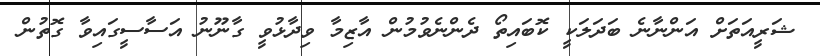
ޝަރީއަތަށް އަންނާނެ ބަދަލަކީ ކޮބައިތޯ ދެންނެވުމުން އާޒިމާ ވިދާޅުވީ ގާނޫނު އަސާސީގައިވާ ގޮތުން